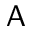
\mathsf { A }